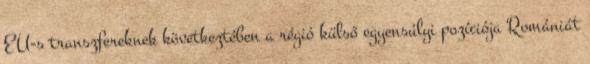
EU-s transzfereknek következtében a régió külső egyensúlyi pozíciója Romániát